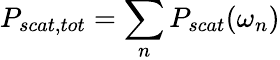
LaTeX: P_{scat,tot}=\sum_{n}P_{scat}(\omega_{n})